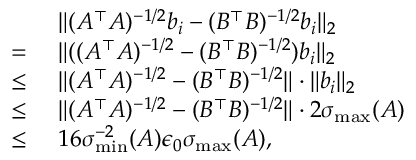
\begin{array} { r l } & { ~ \| ( A ^ { \top } A ) ^ { - 1 / 2 } b _ { i } - ( B ^ { \top } B ) ^ { - 1 / 2 } b _ { i } \| _ { 2 } } \\ { = } & { ~ \| ( ( A ^ { \top } A ) ^ { - 1 / 2 } - ( B ^ { \top } B ) ^ { - 1 / 2 } ) b _ { i } \| _ { 2 } } \\ { \leq } & { ~ \| ( A ^ { \top } A ) ^ { - 1 / 2 } - ( B ^ { \top } B ) ^ { - 1 / 2 } \| \cdot \| b _ { i } \| _ { 2 } } \\ { \leq } & { ~ \| ( A ^ { \top } A ) ^ { - 1 / 2 } - ( B ^ { \top } B ) ^ { - 1 / 2 } \| \cdot 2 \sigma _ { \operatorname* { m a x } } ( A ) } \\ { \leq } & { ~ 1 6 \sigma _ { \operatorname* { m i n } } ^ { - 2 } ( A ) \epsilon _ { 0 } \sigma _ { \operatorname* { m a x } } ( A ) , } \end{array}